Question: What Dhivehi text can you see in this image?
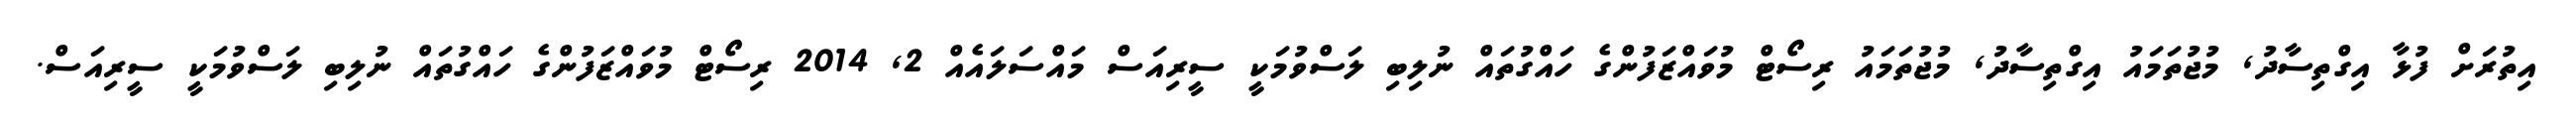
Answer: އިތުރަށް ފުޅާ އިގްތިސާދު, މުޖުތަމައު އިގްތިސާދު, މުޖުތަމައު ރިސޯޓް މުވައްޒަފުންގެ ހައްގުތައް ނުލިބި ލަސްވުމަކީ ސީރިއަސް މައްސަލައެއް 2, 2014 ރިސޯޓް މުވައްޒަފުންގެ ހައްގުތައް ނުލިބި ލަސްވުމަކީ ސީރިއަސް.